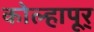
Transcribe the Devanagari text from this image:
कोल्हापूर्